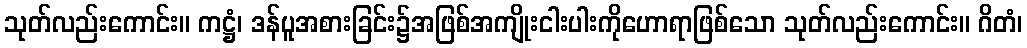
သုတ်လည်းကောင်း။ ကဋ္ဌံ၊ ဒန်ပူအစားခြင်း၌အဖြစ်အကျိုးငါးပါးကိုဟောရာဖြစ်သော သုတ်လည်းကောင်း။ ဂိတံ၊